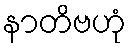
နာတိဗဟုံ